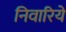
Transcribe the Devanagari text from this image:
निवारिये